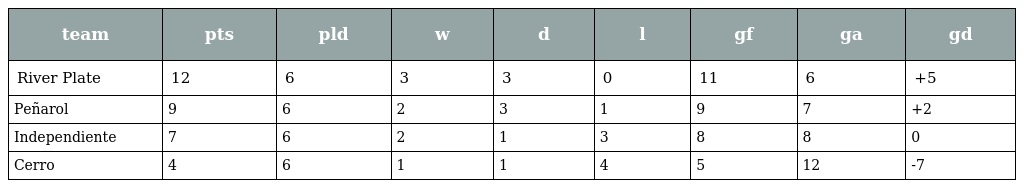
| team | pts | pld | w | d | l | gf | ga | gd |
 | --- | --- | --- | --- | --- | --- | --- | --- | --- |
 | River Plate | 12 | 6 | 3 | 3 | 0 | 11 | 6 | +5 |
 | Peñarol | 9 | 6 | 2 | 3 | 1 | 9 | 7 | +2 |
 | Independiente | 7 | 6 | 2 | 1 | 3 | 8 | 8 | 0 |
 | Cerro | 4 | 6 | 1 | 1 | 4 | 5 | 12 | -7 |